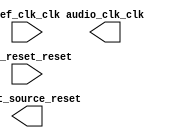

module AudioClocker (
	ref_clk_clk,
	ref_reset_reset,
	audio_clk_clk,
	reset_source_reset);	

	input		ref_clk_clk;
	input		ref_reset_reset;
	output		audio_clk_clk;
	output		reset_source_reset;
endmodule